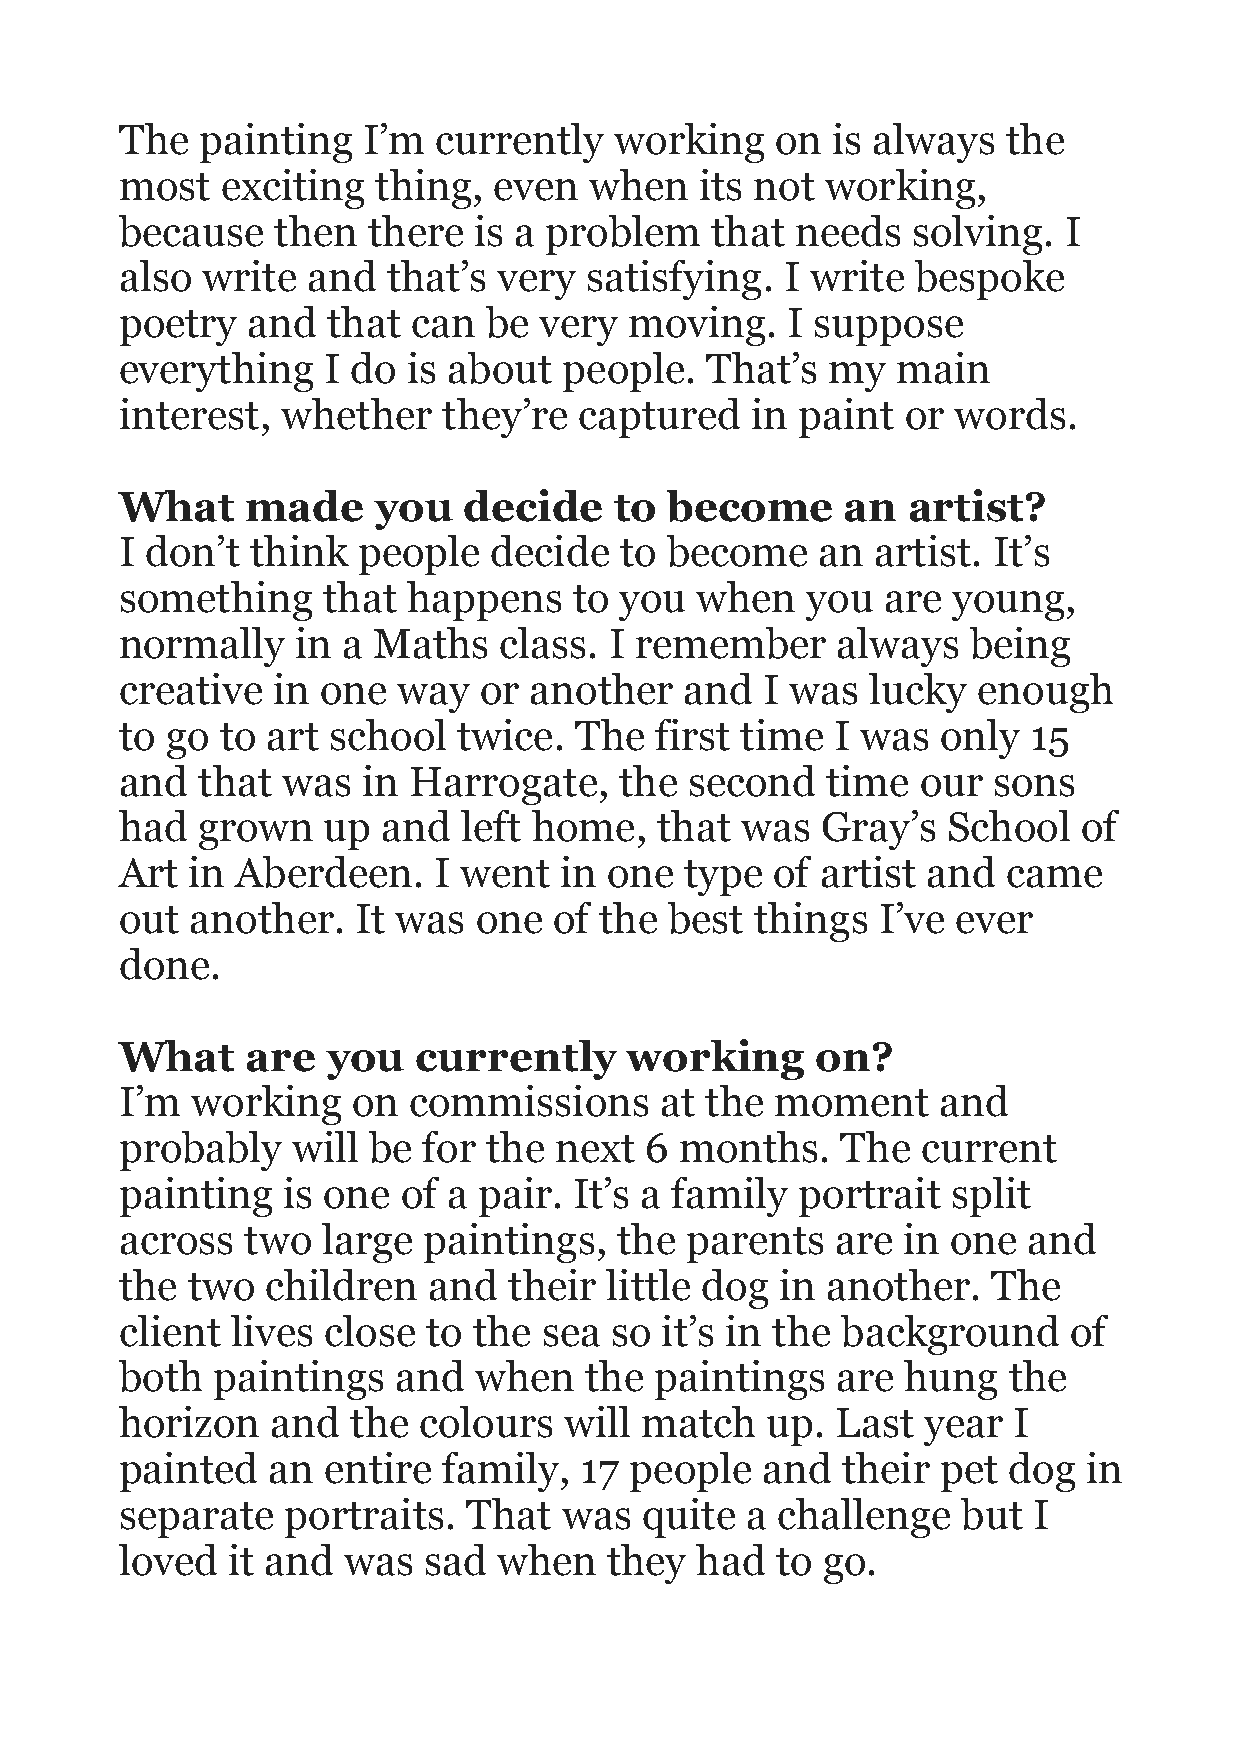
The  painting   I’m  currently   working   on  is always   the
 most   exciting  thing,  even  when   its not  working,
 because   then  there  is a problem    that  needs  solving.  I
 also write  and   that’s very  satisfying.  I write  bespoke
 poetry  and   that can  be  very  moving.   I suppose
 everything   I do  is about  people.   That’s  my  main
 interest,  whether   they’re  captured    in paint  or words.
 What    made     you   decide    to become      an  artist?
 I don’t  think  people  decide   to become    an  artist. It’s
 something    that  happens    to you  when   you  are  young,
 normally    in a Maths   class. I remember     always   being
 creative  in one  way   or another   and   I was  lucky  enough
 to go  to art school  twice.  The  first time  I was  only  15
 and  that  was  in Harrogate,    the  second   time  our  sons
 had  grown   up  and   left home,  that  was  Gray’s   School   of
 Art in  Aberdeen.    I went  in one  type  of artist and   came
 out  another.  It was  one   of the best  things  I’ve ever
 done.
 What    are   you   currently    working      on?
 I’m  working   on  commissions      at the moment     and
 probably   will be  for the  next  6 months.    The  current
 painting   is one  of a pair. It’s a family  portrait  split
 across  two  large  paintings,   the parents   are  in one  and
 the two   children  and   their little dog  in another.   The
 client lives close  to the  sea so  it’s in the background     of
 both  paintings   and  when    the paintings   are  hung   the
 horizon   and  the  colours  will match    up. Last  year  I
 painted   an entire  family,  17  people  and   their pet  dog  in
 separate   portraits.  That  was  quite  a challenge    but I
 loved  it and  was  sad  when   they  had  to go.